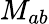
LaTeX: M_{ab}